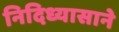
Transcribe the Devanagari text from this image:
निदिध्यासाने